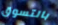
بالتسوق